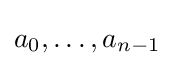
a_{0},\dotsc ,a_{n-1}